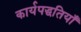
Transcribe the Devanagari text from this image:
कार्यपद्धतियाँ